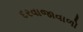
દરવાજાવાળો